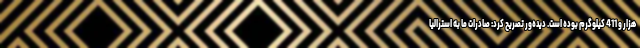
هزار و 411 کیلوگرم بوده است. دیده‌ور تصریح کرد: صادرات ما به استرالیا